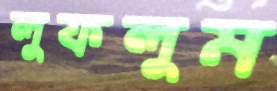
লুফলুম